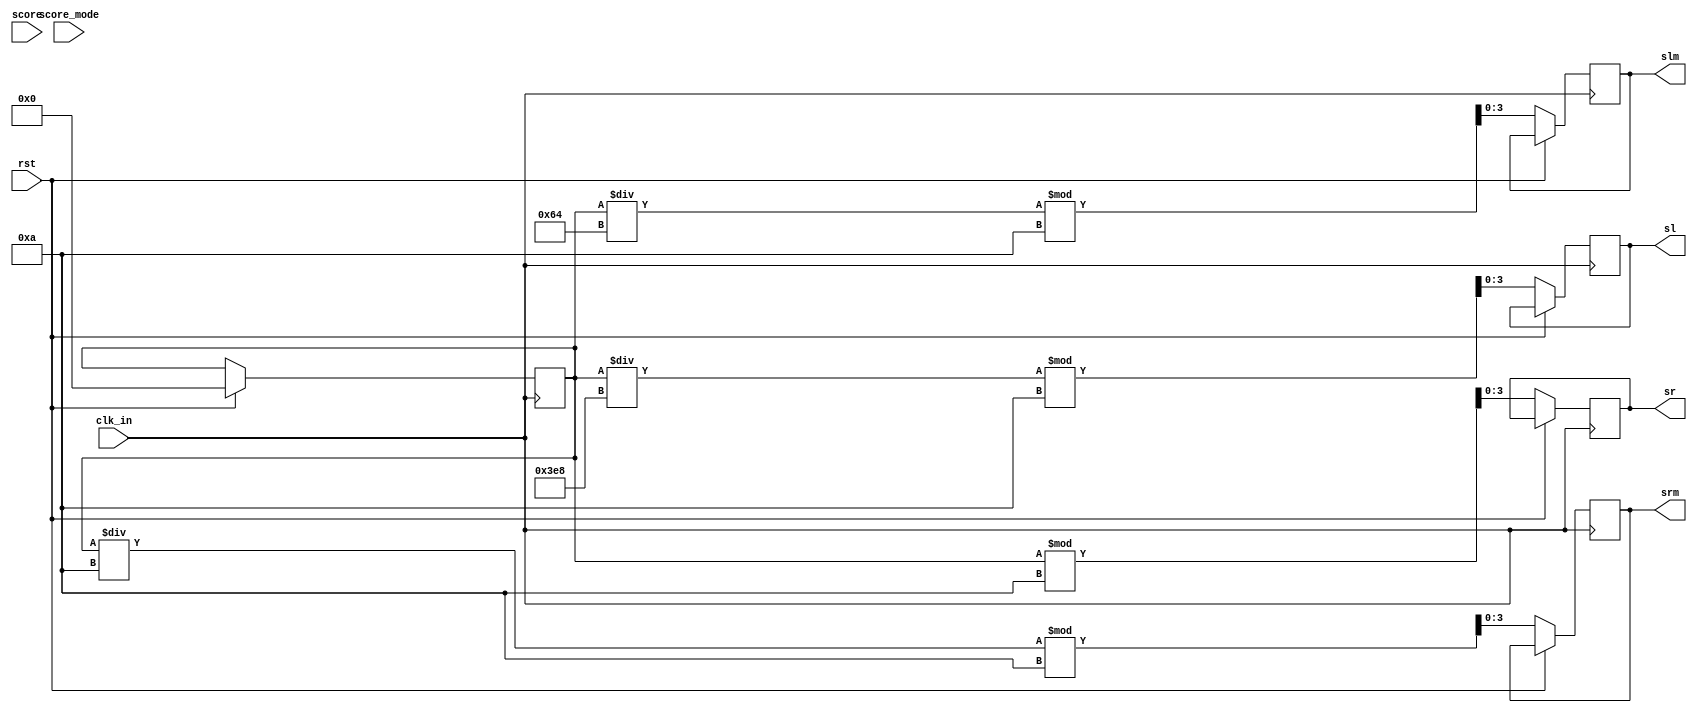
`timescale 1ns / 1ps
//////////////////////////////////////////////////////////////////////////////////
// Company: 
// Engineer: 
// 
// Design Name: 
// Module Name:    score 
// Project Name: 
// Target Devices: 
// Tool versions: 
// Description: 
//
// Dependencies: 
//
// Revision: 
// Revision 0.01 - File Created
// Additional Comments: 
//
//////////////////////////////////////////////////////////////////////////////////
module score(
    input rst,
    input clk_in,
   input score,
  input score_mode,
    
    output wire [3:0] sl,
	output wire [3:0] slm,
	output wire [3:0] srm,
	output wire [3:0] sr
    );



reg [3:0] tsl;
reg [3:0] tslm;
reg [3:0] tsrm;
reg [3:0] tsr;
reg [10:0] temp =10;


always @ (posedge clk_in) begin

 
    if (rst) begin 
		temp <= 0; 
    end else begin
			
        tsr <= temp%10; //0
      

        tsrm <=(temp/10)%10; //2

        tslm <= (temp/100)%10;
      
        tsl <= (temp/1000)%10;
     
    end
	 end

    assign sl = tsl;
    assign slm = tslm;
    assign srm = tsrm; 
    assign sr = tsr; 


endmodule